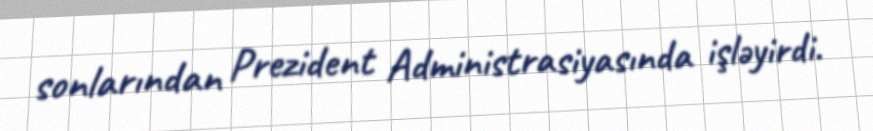
sonlarından Prezident Administrasiyasında işləyirdi.